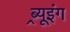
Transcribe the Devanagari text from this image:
ब्र्यूइंग